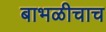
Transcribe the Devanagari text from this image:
बाभळीचाच